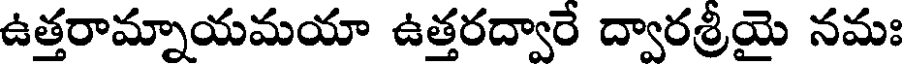
ఉత్తరామ్నాయమయా ఉత్తరద్వారే ద్వారశ్రీయై నమః